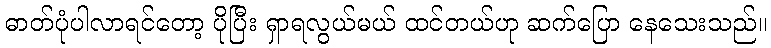
ဓာတ်ပုံပါလာရင်တော့ ပိုပြီး ရှာရလွယ်မယ် ထင်တယ်ဟု ဆက်ပြော နေသေးသည်။